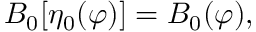
B _ { 0 } [ \eta _ { 0 } ( \varphi ) ] = B _ { 0 } ( \varphi ) ,